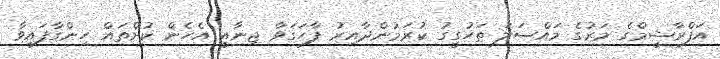
އަފްރާޝީމްގެ މަރުގެ މައްސަލަ ތަހުގީގު ކުރަމުންދާއިރު ފާހަގަވާ ޖިނާއީ އެހެން ކުށްތައް ހިންގާފައިވާ